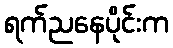
ရက်ညနေပိုင်းက